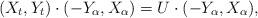
LaTeX: \begin{align*}(X_t,Y_t)\cdot(-Y_\alpha,X_\alpha) = U\cdot(-Y_\alpha,X_\alpha),\end{align*}